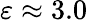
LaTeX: \varepsilon\approx 3.0